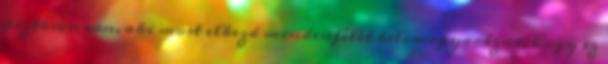
biztosan van, aki most elkezd mindenfélét belemagyarázni, hogy ez